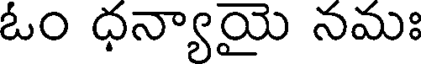
ఓం ధన్యాయై నమః